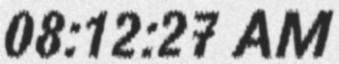
08:12:27 AM